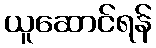
ယူဆောင်ရန်